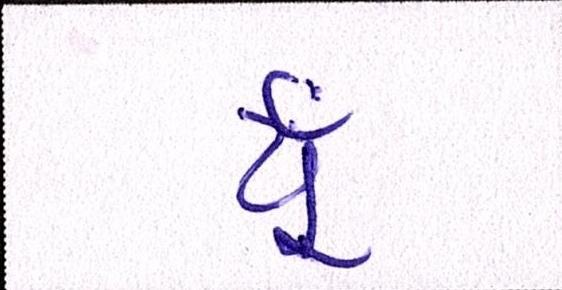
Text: યૂઁ